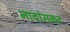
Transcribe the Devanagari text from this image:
नावांसकट